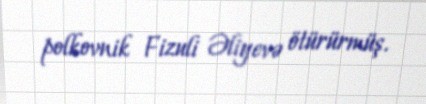
polkovnik Fizuli Əliyevə ötürürmüş.